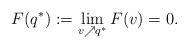
LaTeX: \begin{align*}F(q^*):=\lim_{v\nearrow q^*}F(v)=0.\end{align*}